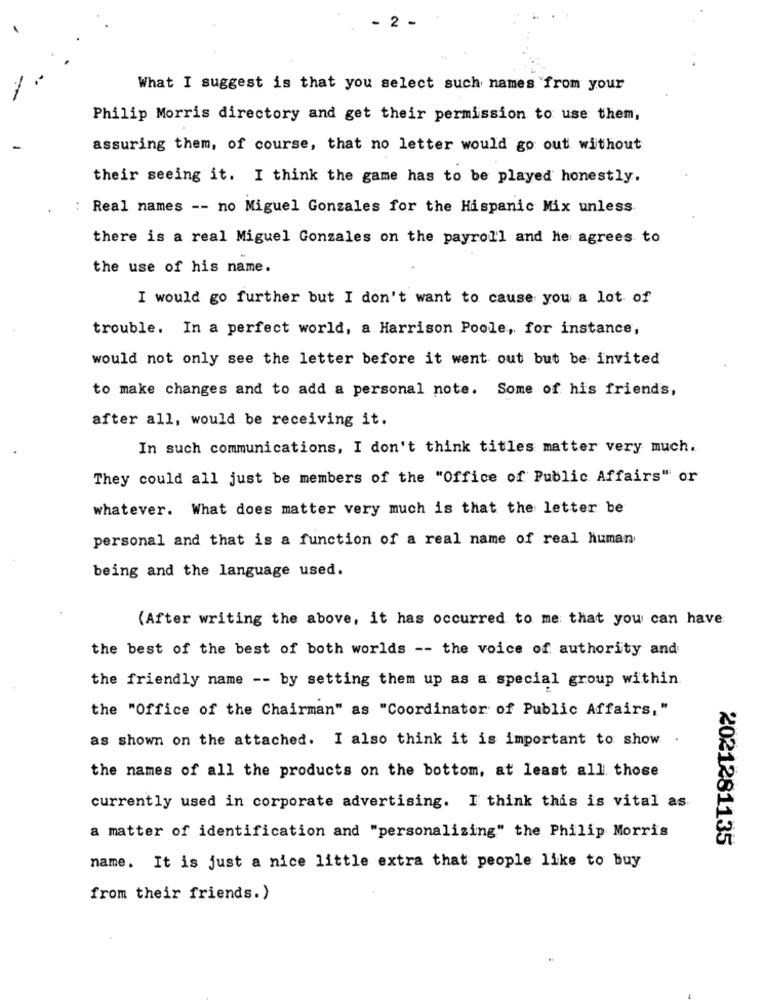
2
What I suggest is that you select such names from your
Philip Morris directory and get their permission to use them,
assuring them, of course, that no letter would go out without
their seeing it. I think the game has to be played honestly.
: Real names -- no Miguel Gonzales for the Hispanic Mix unless
there is a real Miguel Gonzales on the payroll and he agrees to
the use of his name.
I would go further but I don't want to cause you a lot of
trouble. In a perfect world, a Harrison Poole, for instance,
would not only see the letter before it went out but be invited
to make changes and to add a personal note. Some of his friends,
after all, would be receiving it.
In such communications, I don't think titles matter very much.
They could all just be members of the "Office of Public Affairs" or
whatever. What does matter very much is that the letter be
personal and that is a function of a real name of real human
being and the language used.
(After writing the above, it has occurred to me that you can have
the best of the best of both worlds -- the voice of authority and
the friendly name -- by setting them up as a special group within.
the "Office of the Chairman" as "Coordinator of Public Affairs,"
as shown on the attached. I also think it is important to show .
the names of all the products on the bottom, at least all those
currently used in corporate advertising. I think this is vital as
a matter of identification and "personalizing" the Philip Morris
2021281135
name. It is just a nice little extra that people like to buy
from their friends.)